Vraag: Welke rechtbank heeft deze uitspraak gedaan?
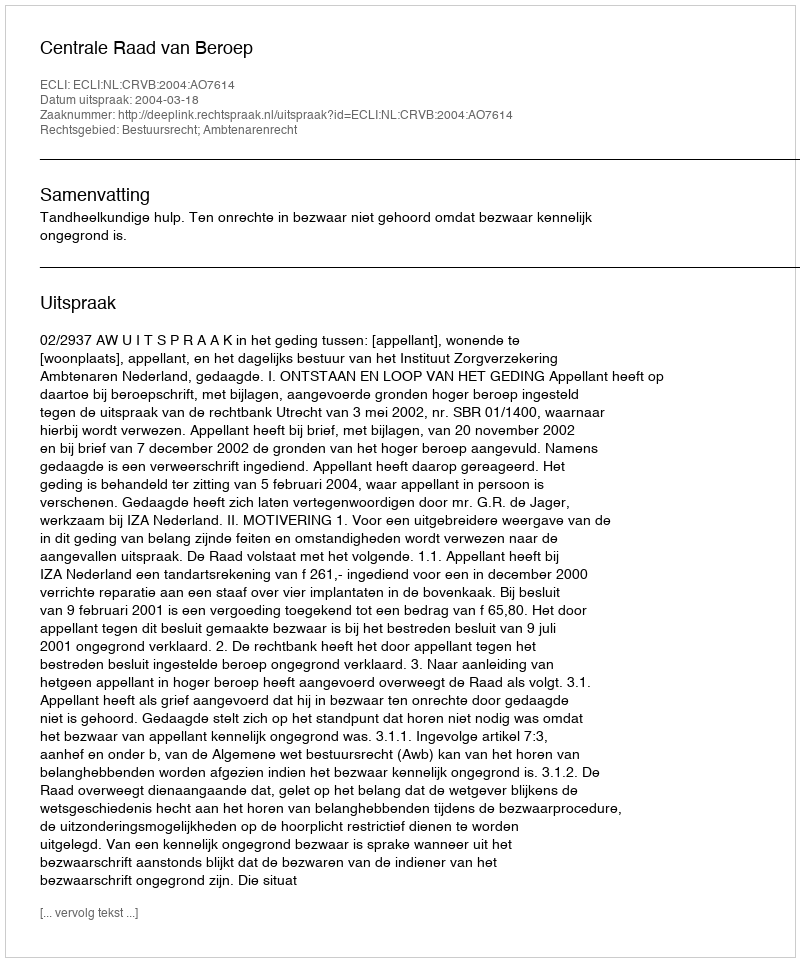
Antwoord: Centrale Raad van Beroep